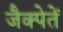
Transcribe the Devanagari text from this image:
जैक्पेतें